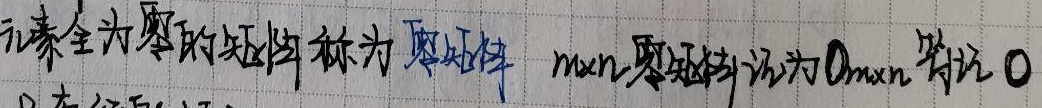
元素全为零的矩阵称为零矩阵，$m\times n$零矩阵记为$O_{m\times n}$，简记$O$。